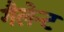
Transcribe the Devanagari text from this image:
गैलेन्ट